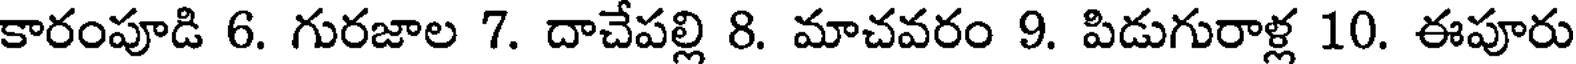
కారంపూడి 6. గురజాల 7. దాచేపల్లి 8. మాచవరం 9. పిడుగురాళ్ల 10. ఈపూరు